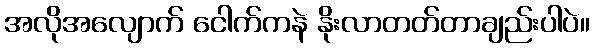
အလိုအလျောက် ငေါက်ကနဲ နိုးလာတတ်တာချည်းပါပဲ။